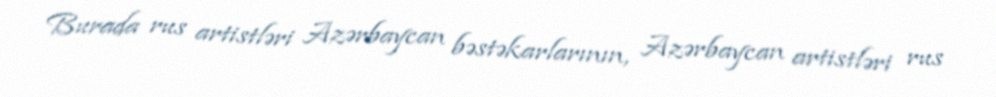
Burada rus artistləri Azərbaycan bəstəkarlarının, Azərbaycan artistləri rus